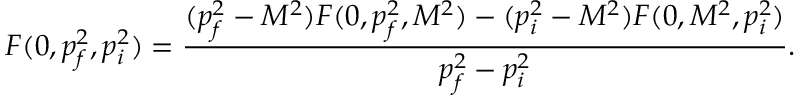
F ( 0 , p _ { f } ^ { 2 } , p _ { i } ^ { 2 } ) = \frac { ( p _ { f } ^ { 2 } - M ^ { 2 } ) F ( 0 , p _ { f } ^ { 2 } , M ^ { 2 } ) - ( p _ { i } ^ { 2 } - M ^ { 2 } ) F ( 0 , M ^ { 2 } , p _ { i } ^ { 2 } ) } { p _ { f } ^ { 2 } - p _ { i } ^ { 2 } } .